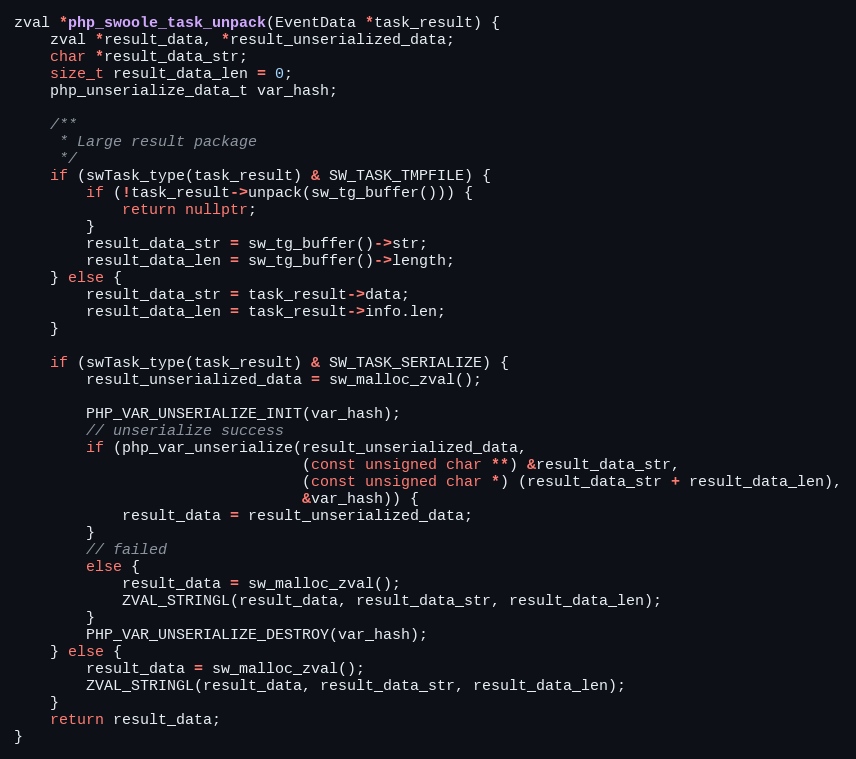
Language: C++
zval *php_swoole_task_unpack(EventData *task_result) {
    zval *result_data, *result_unserialized_data;
    char *result_data_str;
    size_t result_data_len = 0;
    php_unserialize_data_t var_hash;

    /**
     * Large result package
     */
    if (swTask_type(task_result) & SW_TASK_TMPFILE) {
        if (!task_result->unpack(sw_tg_buffer())) {
            return nullptr;
        }
        result_data_str = sw_tg_buffer()->str;
        result_data_len = sw_tg_buffer()->length;
    } else {
        result_data_str = task_result->data;
        result_data_len = task_result->info.len;
    }

    if (swTask_type(task_result) & SW_TASK_SERIALIZE) {
        result_unserialized_data = sw_malloc_zval();

        PHP_VAR_UNSERIALIZE_INIT(var_hash);
        // unserialize success
        if (php_var_unserialize(result_unserialized_data,
                                (const unsigned char **) &result_data_str,
                                (const unsigned char *) (result_data_str + result_data_len),
                                &var_hash)) {
            result_data = result_unserialized_data;
        }
        // failed
        else {
            result_data = sw_malloc_zval();
            ZVAL_STRINGL(result_data, result_data_str, result_data_len);
        }
        PHP_VAR_UNSERIALIZE_DESTROY(var_hash);
    } else {
        result_data = sw_malloc_zval();
        ZVAL_STRINGL(result_data, result_data_str, result_data_len);
    }
    return result_data;
}